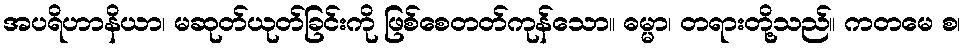
အပရိဟာနိယာ၊ မဆုတ်ယုတ်ခြင်းကို ဖြစ်စေတတ်ကုန်သော။ ဓမ္မာ၊ တရားတို့သည်။ ကတမေ စ၊